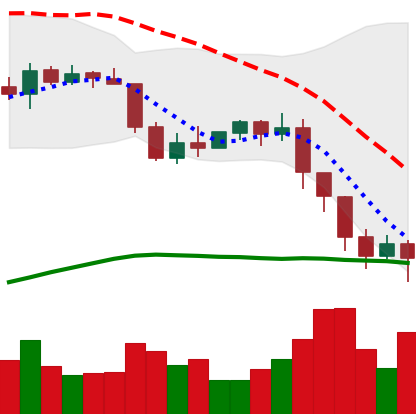
Ticker: ETH-USD
Chart end date: 2022-01-10
Forward return: 8.026%
Label: up_7plus